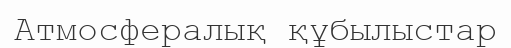
Атмосфералық құбылыстар